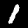
Label: 1